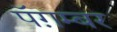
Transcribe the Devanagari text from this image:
पॅग़म्बर